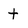
Character: t